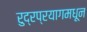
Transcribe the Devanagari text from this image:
रुद्रप्रयागमधून